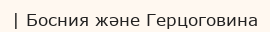
| Босния және Герцоговина